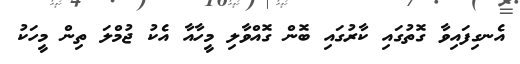
އެނގިފައިވާ ގޮތުގައި ކާރުގައި ބޮން ގޮއްވާލި މީހާއާ އެކު ޖުމްލަ ތިން މީހަކު